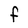
Character: F